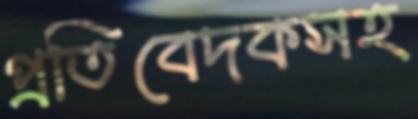
প্রতিবেদকসহ